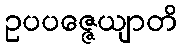
ဥပပဇ္ဇေယျာတိ